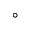
^ \circ